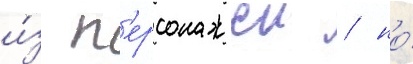
и́з п'ерсонажеи / но́